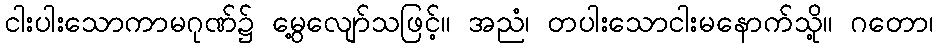
ငါးပါးသောကာမဂုဏ်၌ မွေ့လျော်သဖြင့်။ အညံ၊ တပါးသောငါးမနောက်သို့။ ဂတော၊